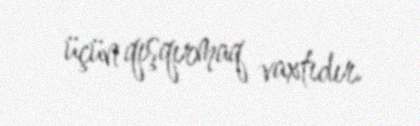
üçün qışqırmaq vaxtıdır.